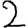
Digit: 2